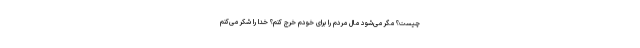
چیست؟ مگر می‌شود مال مردم را برای خودم خرج کنم؟ خدا را شکر می‌کنم